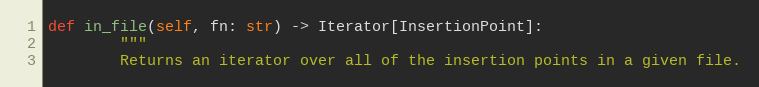
Language: Python
def in_file(self, fn: str) -> Iterator[InsertionPoint]:
        """
        Returns an iterator over all of the insertion points in a given file.